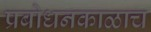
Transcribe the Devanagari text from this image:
प्रबोधनकाळाच